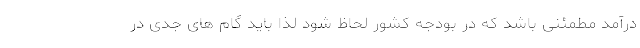
درآمد مطمئنی باشد که در بودجه کشور لحاظ شود لذا باید گام های جدی در